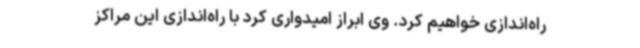
راه‌اندازی خواهیم کرد. وی ابراز امیدواری کرد با راه‌اندازی این مراکز